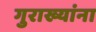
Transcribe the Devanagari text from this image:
गुराख्यांना